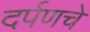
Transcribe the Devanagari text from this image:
दर्पणचे